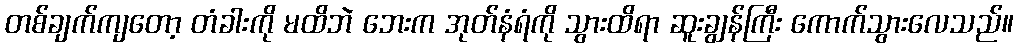
တစ်ချက်ကျတော့ တံခါးကို မထိဘဲ ဘေးက အုတ်နံရံကို သွားထိရာ ဆူးချွန်ကြီး ကောက်သွားလေသည်။